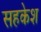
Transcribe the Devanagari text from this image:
सहकेश